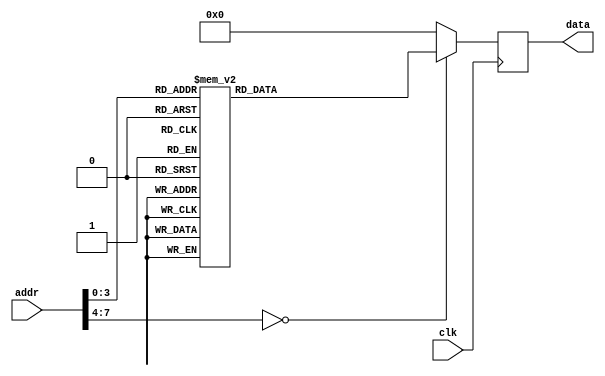
module rom #(
        parameter   DATA_WIDTH = 16,
        parameter   ADDR_WIDTH = 8          // 2 * 1024 bytes of ROM
    )(
        input  wire                  clk,
        input  wire [ADDR_WIDTH-1:0] addr,  // here comes the program counter
        output  reg [DATA_WIDTH-1:0] data   // here goes the instruction
    );

    reg [DATA_WIDTH-1:0] value;

    
    always @* begin
        case (addr)
		  
		  /* ATENTIE! La exercitiile 1,2,3 si 4 pentru a beneficia de mesajele de debug puse in checker
			  va trebuie sa lasati ROM neschimbat!

			  P.S. Puteti adauga la sfarsit, incepand cu adresa 16.
			*/
			
		  /* TODO 5 : Inlocuiti instructiunile din cu cele oferite in enunt. Utilizati avrasm.jar pentru
				a converti din cod assembly in cod Verilog (care contine cod masina).
			*/		
		
		/*	 ldi 	r16, 5 		*/
		0:	value = 16'b1110000000000101;
		
		/*	 ldi 	r17, 15 		*/
		1:		value = 16'b1110000000011111;
		
		/*	 push 	r16 		*/
		2:		value = 16'b1001001100001111;
		
		/*	 push 	r17 		*/
		3:		value = 16'b1001001100011111;
		
		/*	 mov 	r30, r16 		*/
		4:		value = 16'b0010111111100000;
		
		/*	 sub 	r30, r17 		*/
		5:		value = 16'b0001101111100001;
		
		/*	 breq 	gigel_is_done 		*/
		6:		value = 16'b1111000000101001;
		
		/*	 brmi 	r17_is_greater 		*/
		7:		value = 16'b1111000000010010;
		
		/*	 sub 	r16, r17 		*/
		8:		value = 16'b0001101100000001;
		
		/*	 rjmp 	main_loop 		*/
		9:		value = 16'b1100111111111010;
		
		/*	 sub 	r17, r16 		*/
		10:		value = 16'b0001101100010000;
		
		/*	 rjmp 	main_loop 		*/
		11:		value = 16'b1100111111111000;
		
		/*	 push 	r16 		*/
		12:		value = 16'b1001001100001111;
		
		/*	 pop 	r20 		*/
		13:		value = 16'b1001000101001111;
		
		/*	 pop 	r21 		*/
		14:		value = 16'b1001000101011111;
		
		/*	 pop 	r22 		*/
		15:		value = 16'b1001000101101111;
		
		default:		value = 16'b0000000000000000;


        endcase
    end

    always @(negedge clk) begin
        data <= value;
    end

endmodule